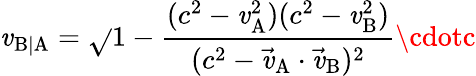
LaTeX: \mathit{v}_{\mathrm{{B|A}}}={\sqrt{}{{1-{\frac{{(c^{2}-\mathit{v}_{\mathrm{{A}}}^{2})(c^{2}-\mathit{v}_{\mathrm{{B}}}^{2})}}{{(c^{2}-{\vec{{\mathit{v}}}}_{\mathrm{{A}}}\cdot{\vec{{\mathit{v}}}}_{\mathrm{{B}}})^{2}}}}}}}\cdotc